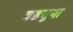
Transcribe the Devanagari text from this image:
वडचुना